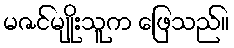
မဇင်မျိုးသူက ဖြေသည်။